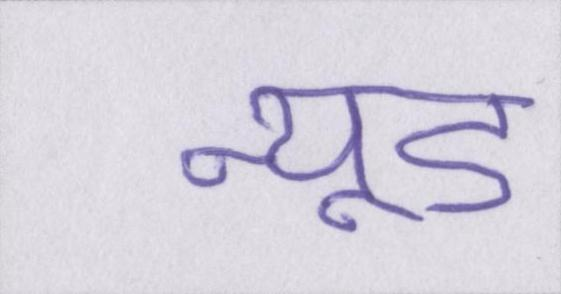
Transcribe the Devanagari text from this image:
न्यूड